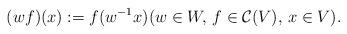
LaTeX: \begin{align*}(wf)(x):=f(w^{-1}x)(w\in W,\, f\in \mathcal{C}(V),\, x\in V).\end{align*}